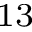
^ { 1 3 }